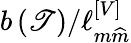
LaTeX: b\left(\mathscr{T}\right)/\ell_{m\widehat{{m}}}^{\left[V\right]}